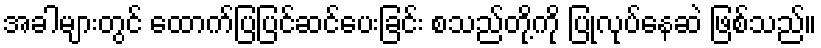
အခါများတွင် ထောက်ပြပြင်ဆင်ပေးခြင်း စသည်တို့ကို ပြုလုပ်နေဆဲ ဖြစ်သည်။